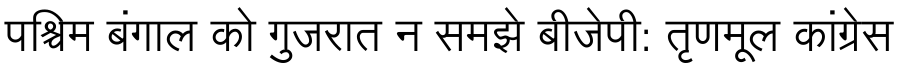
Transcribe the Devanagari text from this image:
पश्चिम बंगाल को गुजरात न समझे बीजेपी: तृणमूल कांग्रेस